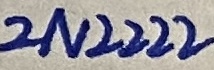
Text: 2N2222